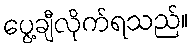
ပွေ့ချီလိုက်ရသည်။